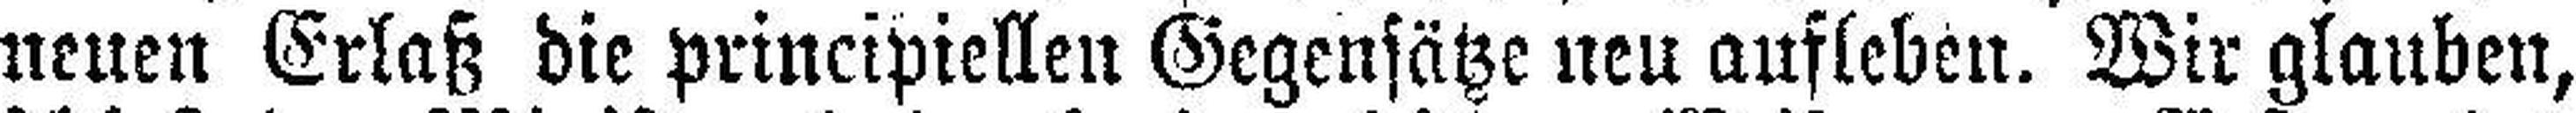
neuen Erlaß die principiellen Gegensätze neu aufleben. Wir glauben,